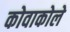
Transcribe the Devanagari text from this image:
कोवाकोले